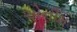
એનીમ